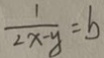
\frac { 1 } { 2 x - y } = b